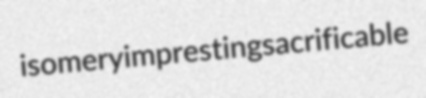
isomery impresting sacrificable